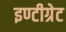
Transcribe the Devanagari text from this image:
इण्टीग्रेट